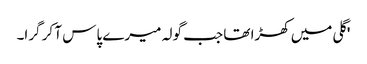
'گلی میں کھڑا تھا جب گولہ میرے پاس آ کر گرا۔